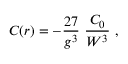
{ \cal C } ( r ) = - { \frac { 2 7 } { g ^ { 3 } } } ~ { \frac { { \cal C } _ { 0 } } { W ^ { 3 } } } \ ,